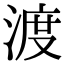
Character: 渡